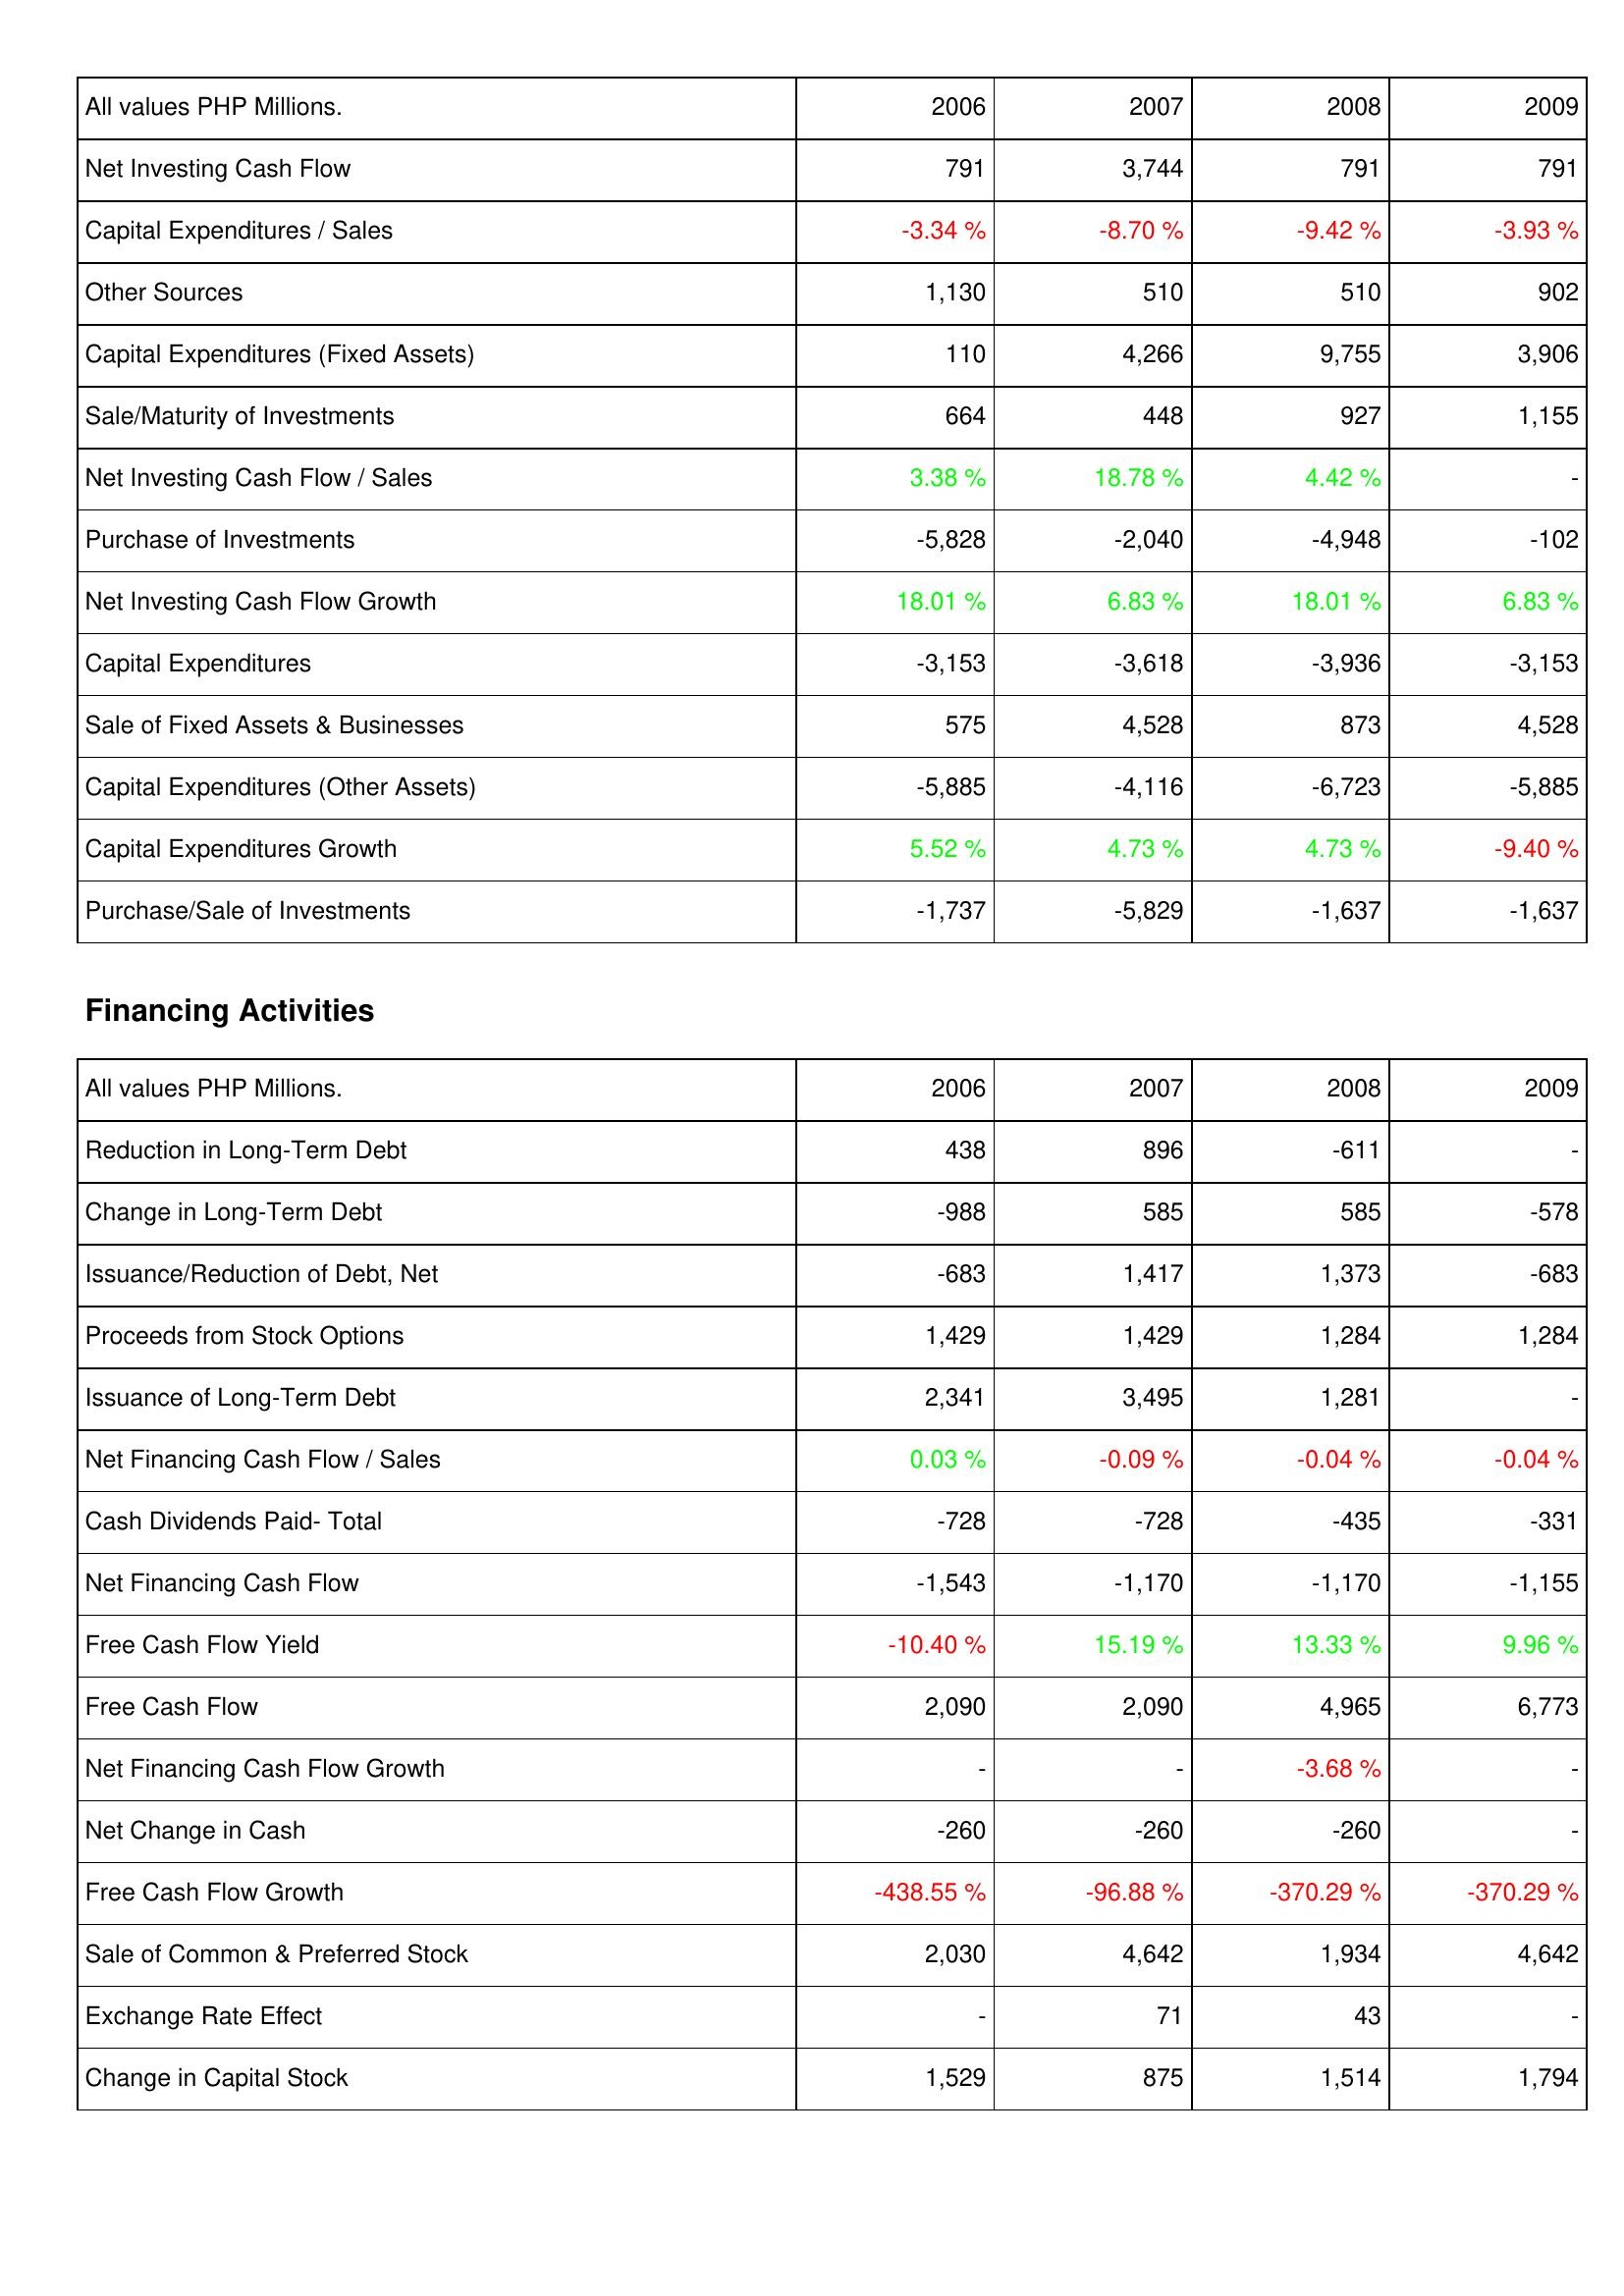
2006: Investing Activities: Net Investing Cash Flow: 791
Capital Expenditures / Sales: -3.34 %
Other Sources: 1,130
Capital Expenditures (Fixed Assets): 110
Sale/Maturity of Investments: 664
Net Investing Cash Flow / Sales: 3.38 %
Purchase of Investments: -5,828
Net Investing Cash Flow Growth: 18.01 %
Capital Expenditures: -3,153
Sale of Fixed Assets & Businesses: 575
Capital Expenditures (Other Assets): -5,885
Capital Expenditures Growth: 5.52 %
Purchase/Sale of Investments: -1,737
Financing Activities: Reduction in Long-Term Debt: 438
Change in Long-Term Debt: -988
Issuance/Reduction of Debt, Net: -683
Proceeds from Stock Options: 1,429
Issuance of Long-Term Debt: 2,341
Net Financing Cash Flow / Sales: 0.03 %
Cash Dividends Paid- Total: -728
Net Financing Cash Flow: -1,543
Free Cash Flow Yield: -10.40 %
Free Cash Flow: 2,090
Net Financing Cash Flow Growth: -
Net Change in Cash: -260
Free Cash Flow Growth: -438.55 %
Sale of Common & Preferred Stock: 2,030
Exchange Rate Effect: -
Change in Capital Stock: 1,529
2007: Investing Activities: Net Investing Cash Flow: 3,744
Capital Expenditures / Sales: -8.70 %
Other Sources: 510
Capital Expenditures (Fixed Assets): 4,266
Sale/Maturity of Investments: 448
Net Investing Cash Flow / Sales: 18.78 %
Purchase of Investments: -2,040
Net Investing Cash Flow Growth: 6.83 %
Capital Expenditures: -3,618
Sale of Fixed Assets & Businesses: 4,528
Capital Expenditures (Other Assets): -4,116
Capital Expenditures Growth: 4.73 %
Purchase/Sale of Investments: -5,829
Financing Activities: Reduction in Long-Term Debt: 896
Change in Long-Term Debt: 585
Issuance/Reduction of Debt, Net: 1,417
Proceeds from Stock Options: 1,429
Issuance of Long-Term Debt: 3,495
Net Financing Cash Flow / Sales: -0.09 %
Cash Dividends Paid- Total: -728
Net Financing Cash Flow: -1,170
Free Cash Flow Yield: 15.19 %
Free Cash Flow: 2,090
Net Financing Cash Flow Growth: -
Net Change in Cash: -260
Free Cash Flow Growth: -96.88 %
Sale of Common & Preferred Stock: 4,642
Exchange Rate Effect: 71
Change in Capital Stock: 875
2008: Investing Activities: Net Investing Cash Flow: 791
Capital Expenditures / Sales: -9.42 %
Other Sources: 510
Capital Expenditures (Fixed Assets): 9,755
Sale/Maturity of Investments: 927
Net Investing Cash Flow / Sales: 4.42 %
Purchase of Investments: -4,948
Net Investing Cash Flow Growth: 18.01 %
Capital Expenditures: -3,936
Sale of Fixed Assets & Businesses: 873
Capital Expenditures (Other Assets): -6,723
Capital Expenditures Growth: 4.73 %
Purchase/Sale of Investments: -1,637
Financing Activities: Reduction in Long-Term Debt: -611
Change in Long-Term Debt: 585
Issuance/Reduction of Debt, Net: 1,373
Proceeds from Stock Options: 1,284
Issuance of Long-Term Debt: 1,281
Net Financing Cash Flow / Sales: -0.04 %
Cash Dividends Paid- Total: -435
Net Financing Cash Flow: -1,170
Free Cash Flow Yield: 13.33 %
Free Cash Flow: 4,965
Net Financing Cash Flow Growth: -3.68 %
Net Change in Cash: -260
Free Cash Flow Growth: -370.29 %
Sale of Common & Preferred Stock: 1,934
Exchange Rate Effect: 43
Change in Capital Stock: 1,514
2009: Investing Activities: Net Investing Cash Flow: 791
Capital Expenditures / Sales: -3.93 %
Other Sources: 902
Capital Expenditures (Fixed Assets): 3,906
Sale/Maturity of Investments: 1,155
Net Investing Cash Flow / Sales: -
Purchase of Investments: -102
Net Investing Cash Flow Growth: 6.83 %
Capital Expenditures: -3,153
Sale of Fixed Assets & Businesses: 4,528
Capital Expenditures (Other Assets): -5,885
Capital Expenditures Growth: -9.40 %
Purchase/Sale of Investments: -1,637
Financing Activities: Reduction in Long-Term Debt: -
Change in Long-Term Debt: -578
Issuance/Reduction of Debt, Net: -683
Proceeds from Stock Options: 1,284
Issuance of Long-Term Debt: -
Net Financing Cash Flow / Sales: -0.04 %
Cash Dividends Paid- Total: -331
Net Financing Cash Flow: -1,155
Free Cash Flow Yield: 9.96 %
Free Cash Flow: 6,773
Net Financing Cash Flow Growth: -
Net Change in Cash: -
Free Cash Flow Growth: -370.29 %
Sale of Common & Preferred Stock: 4,642
Exchange Rate Effect: -
Change in Capital Stock: 1,794